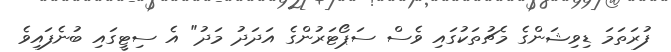
ފުރަތަމަ ޑިވިޝަންގެ މެޗުތަކުގައި ވެސް ސަޕޯޓަރުންގެ އަދަދު މަދު" އެ ސިޓީގައި ބުނެފައިވެ